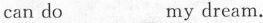
can do___my dream.